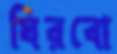
ঘিরবো